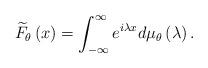
LaTeX: \begin{align*}\widetilde{F}_{\theta}\left(x\right)=\int_{-\infty}^{\infty}e^{i\lambda x}d\mu_{\theta}\left(\lambda\right).\end{align*}